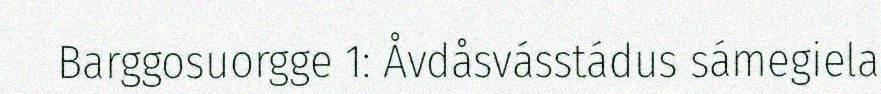
Barggosuorgge 1: Åvdåsvásstádus sámegiela